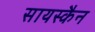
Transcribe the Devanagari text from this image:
सायस्कैन